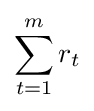
\sum _{t=1}^{m}r_{t}